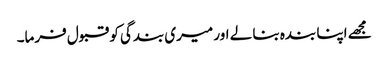
مجھے اپنا بندہ بنا لے اور میری بندگی کو قبول فرما۔